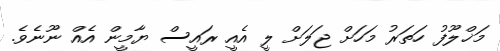
މަޚްލޫފު ހަތަރު މަހަށް ޖަލަށް ލީ އެއީ ރައީސް ޔާމީން އެއް ނޫނެވެ.